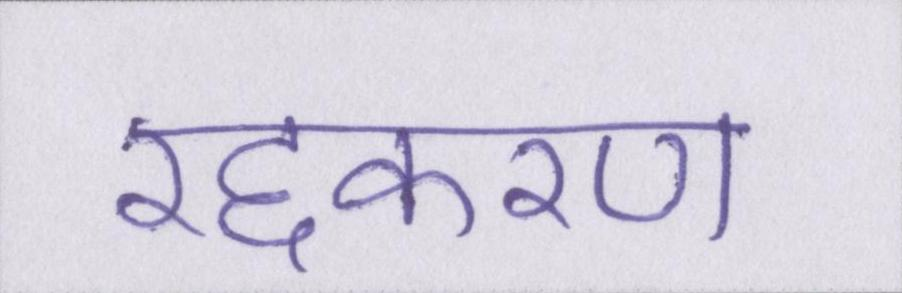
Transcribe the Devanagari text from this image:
रद्दकरण